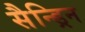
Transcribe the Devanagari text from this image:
सैन्ड्रिन